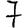
Digit: 7